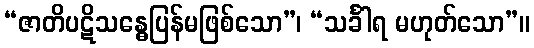
“ဇာတိပဋိသန္ဓေပြန်မဖြစ်သော”၊ “သင်္ခါရ မဟုတ်သော”။